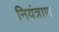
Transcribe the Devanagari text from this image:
नियंत्राण